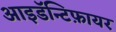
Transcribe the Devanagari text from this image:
आइडॅन्टिफ़ायर